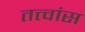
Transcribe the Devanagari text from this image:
तत्त्वांस